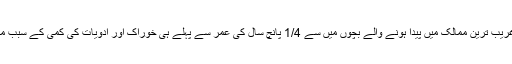
جنوب میں غریب ترین ممالک میں پیدا ہونے والے بچوں میں سے 1/4 پانچ سال کی عمر سے پہلے ہی خوراک اور ادویات کی کمی کے سبب مر جاتے ہیں۔